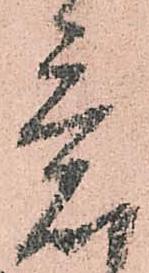
意